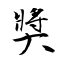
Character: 奬